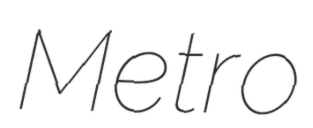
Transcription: Metro